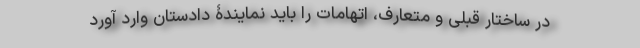
در ساختار قبلی و متعارف، اتهامات را باید نمایندۀ دادستان وارد آورد